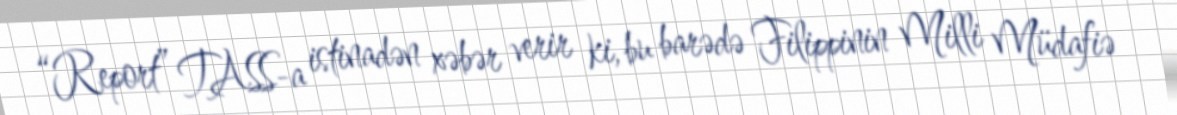
“Report” TASS-a istinadən xəbər verir ki, bu barədə Filippinin Milli Müdafiə